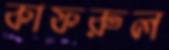
কাফরুল